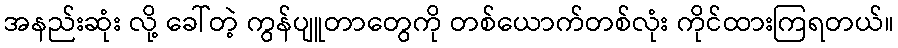
အနည်းဆုံး လို့ ခေါ်တဲ့ ကွန်ပျူတာတွေကို တစ်ယောက်တစ်လုံး ကိုင်ထားကြရတယ်။